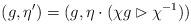
LaTeX: \begin{align*} (g,\eta ') = ( g , \eta \cdot (\chi g \rhd \chi^{-1} ) ) \end{align*}